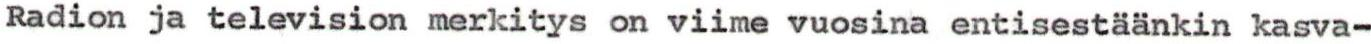
Radion ja television merkitys on viime vuosina entisestäänkin kasva-